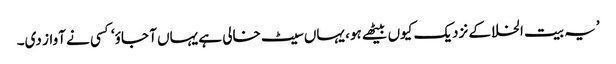
’یہ بیت الخلا کے نزدیک کیوں بیٹھے ہو، یہاں سیٹ خالی ہے یہاں آ جاؤ‘ کسی نے آواز دی۔